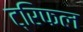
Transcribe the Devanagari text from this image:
ट्रिफल